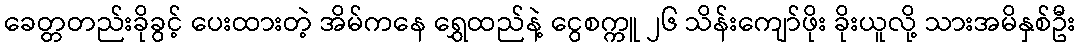
ခေတ္တတည်းခိုခွင့် ပေးထားတဲ့ အိမ်ကနေ ရွှေထည်နဲ့ ငွေစက္ကူ ၂၆ သိန်းကျော်ဖိုး ခိုးယူလို့ သားအမိနှစ်ဦး